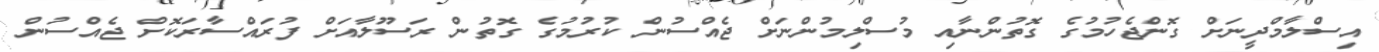
އިސްލާމްދީނަށް ގޮންޖެހުމުގެ ގޮތުންނާއި މުސްލިމުންނަށް ޖެއްސުން ކުރުމުގެ ގޮތުން ރަސޫލާއަށް ފުރައްސާރަކޮށް ޖެއްސުން